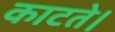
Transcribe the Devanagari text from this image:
काटते।